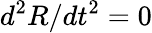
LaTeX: d^{2}R/dt^{2}=0